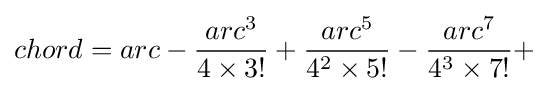
chord=arc-{\frac {arc^{3}}{4\times 3!}}+{\frac {arc^{5}}{4^{2}\times 5!}}-{\frac {arc^{7}}{4^{3}\times 7!}}+